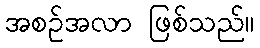
အစဉ်အလာ ဖြစ်သည်။